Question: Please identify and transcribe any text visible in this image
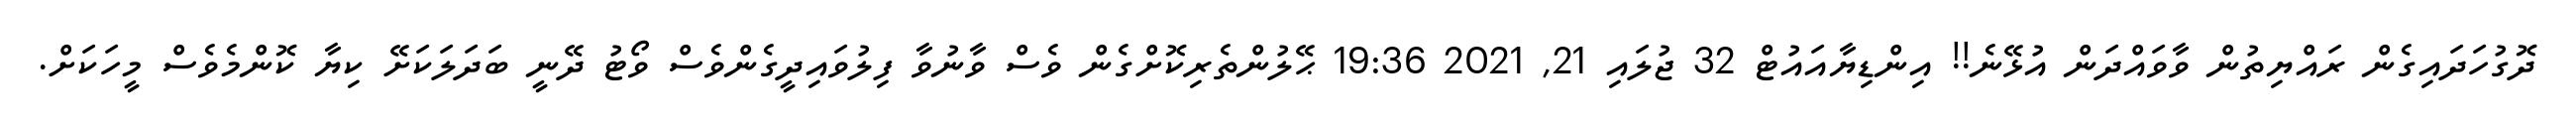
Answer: ދޮގުހަދައިގެން ރައްޔިތުން ވާވައްދަން އުޅޭނެ!! އިންޑިޔާއައުޓް 32 ޖުލައި 21, 2021 19:36 ޙޭލުންތެރިކޮށްގެން ވެސް ވާނުވާ ފިލުވައިދީގެންވެސް ވޯޓު ދޭނީ ބަދަލަކަށޭ ކިޔާ ކޮންމެވެސް މީހަކަށް.